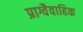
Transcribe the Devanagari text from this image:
प्राग्वैवाहिक